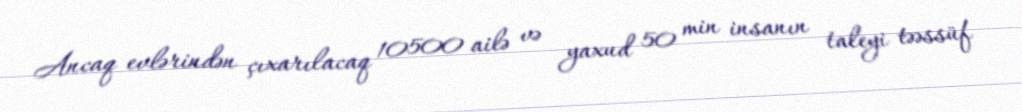
Ancaq evlərindən çıxarılacaq 10500 ailə və yaxud 50 min insanın taleyi təəssüf